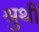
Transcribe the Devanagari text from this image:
श्रुथी